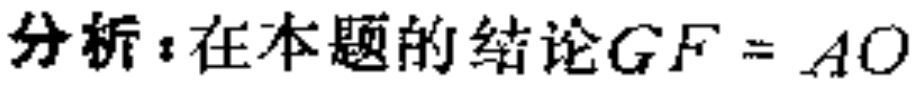
分析：在本题的结论\(GF = AO\)